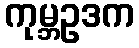
ကုမ္ဘဥဒက